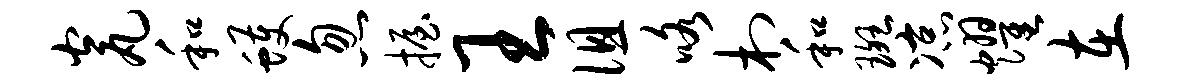
瓮和蠖忽握王徂咯村和斑凉耀在